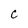
Character: C